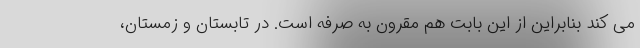
می کند بنابراین از این بابت هم مقرون به صرفه است. در تابستان و زمستان،